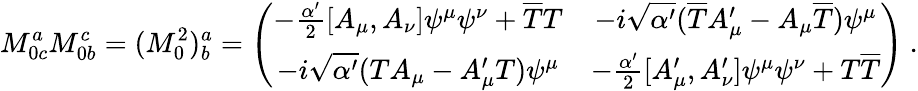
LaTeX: M_{0c}^{a}M_{0b}^{c}=(M_{0}^{2})_{b}^{a}=\left(\begin{array}{cc}{{-\frac{\alpha^{\prime}}{2}[A_{\mu},A_{\nu}]\psi^{\mu}\psi^{\nu}+\overline{{{T}}}T}}&{{-i\sqrt{\alpha^{\prime}}(\overline{{{T}}}A_{\mu}^{\prime}-A_{\mu}\overline{{{T}}})\psi^{\mu}}}\\ {{-i\sqrt{\alpha^{\prime}}(TA_{\mu}-A_{\mu}^{\prime}T)\psi^{\mu}}}&{{-\frac{\alpha^{\prime}}{2}[A_{\mu}^{\prime},A_{\nu}^{\prime}]\psi^{\mu}\psi^{\nu}+T\overline{{{T}}}}}\end{array}\right)\ .